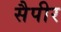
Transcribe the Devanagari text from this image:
सैपीर